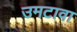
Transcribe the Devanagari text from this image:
उमटावा